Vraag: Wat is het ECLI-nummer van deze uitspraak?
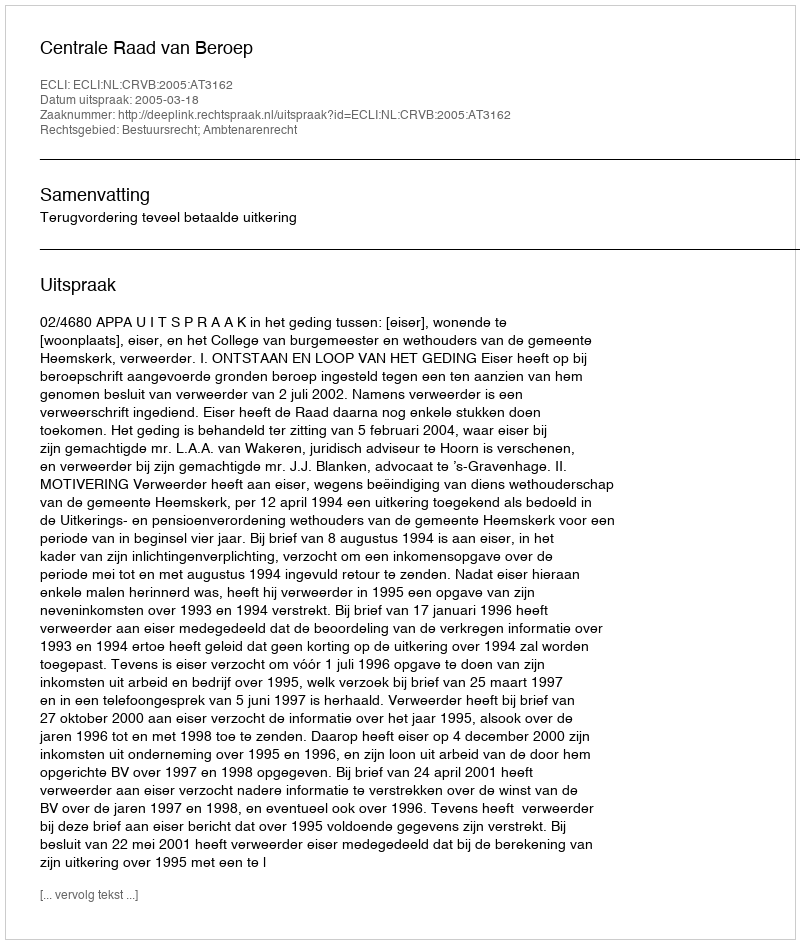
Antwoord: ECLI:NL:CRVB:2005:AT3162